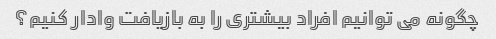
چگونه می توانیم افراد بیشتری را به بازیافت وادار کنیم؟